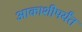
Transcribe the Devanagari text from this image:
आकाशीपर्यंत